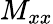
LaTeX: M_{xx}